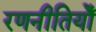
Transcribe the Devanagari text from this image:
रणनीतियोँ